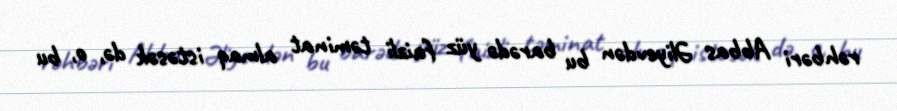
rəhbəri Abbas Əliyevdən bu barədə yüz faizli təminat almaq istəsək də, o, bu